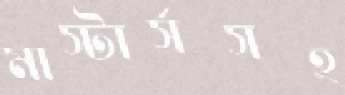
মাস্টার্সসহ